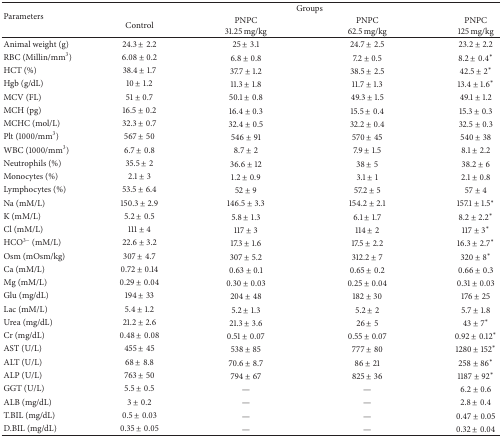
<table><thead><tr><td rowspan="2"><b>Parameters</b></td><td colspan="4"><b>Groups</b></td></tr><tr><td><b>Control</b></td><td><b>PNPC 31.25 mg/kg</b></td><td><b>PNPC 62.5 mg/kg</b></td><td><b>PNPC 125 mg/kg</b></td></tr></thead><tbody><tr><td>Animal weight (g)</td><td>24.3 ± 2.2</td><td>25 ± 3.1</td><td>24.7 ± 2.5</td><td>23.2 ± 2.2</td></tr><tr><td>RBC (Millin/mm<sup>3</sup>)</td><td>6.08 ± 0.2</td><td>6.8 ± 0.8</td><td>7.2 ± 0.5</td><td>8.2 ± 0.4<sup>*</sup></td></tr><tr><td>HCT (%)</td><td>38.4 ± 1.7</td><td>37.7 ± 1.2</td><td>38.5 ± 2.5</td><td>42.5 ± 2<sup>*</sup></td></tr><tr><td>Hgb (g/dL)</td><td>10 ± 1.2</td><td>11.3 ± 1.8</td><td>11.7 ± 1.3</td><td>13.4 ± 1.6<sup>*</sup></td></tr><tr><td>MCV (FL)</td><td>51 ± 0.7</td><td>50.1 ± 0.8</td><td>49.3 ± 1.5</td><td>49.1 ± 1.2</td></tr><tr><td>MCH (pg)</td><td>16.5 ± 0.2</td><td>16.4 ± 0.3</td><td>15.5 ± 0.4</td><td>15.3 ± 0.3</td></tr><tr><td>MCHC (mol/L)</td><td>32.3 ± 0.7</td><td>32.4 ± 0.5</td><td>32.2 ± 0.4</td><td>32.5 ± 0.3</td></tr><tr><td>Plt (1000/mm<sup>3</sup>)</td><td>567 ± 50</td><td>546 ± 91</td><td>570 ± 45</td><td>540 ± 38</td></tr><tr><td>WBC (1000/mm<sup>3</sup>)</td><td>6.7 ± 0.8</td><td>8.7 ± 2</td><td>7.9 ± 1.5</td><td>8.1 ± 2.2</td></tr><tr><td>Neutrophils (%)</td><td>35.5 ± 2</td><td>36.6 ± 12</td><td>38 ± 5</td><td>38.2 ± 6</td></tr><tr><td>Monocytes (%)</td><td>2.1 ± 3</td><td>1.2 ± 0.9</td><td>3.1 ± 1</td><td>2.1 ± 0.8</td></tr><tr><td>Lymphocytes (%)</td><td>53.5 ± 6.4</td><td>52 ± 9</td><td>57.2 ± 5</td><td>57 ± 4</td></tr><tr><td>Na (mM/L)</td><td>150.3 ± 2.9</td><td>146.5 ± 3.3</td><td>154.2 ± 2.1</td><td>157.1 ± 1.5<sup>*</sup></td></tr><tr><td>K (mM/L)</td><td>5.2 ± 0.5</td><td>5.8 ± 1.3</td><td>6.1 ± 1.7</td><td>8.2 ± 2.2<sup>*</sup></td></tr><tr><td>Cl (mM/L)</td><td>111 ± 4</td><td>117 ± 3</td><td>114 ± 2</td><td>117 ± 3<sup>*</sup></td></tr><tr><td>HCO<sup>3−</sup> (mM/L)</td><td>22.6 ± 3.2</td><td>17.3 ± 1.6</td><td>17.5 ± 2.2</td><td>16.3 ± 2.7<sup>*</sup></td></tr><tr><td>Osm (mOsm/kg)</td><td>307 ± 4.7</td><td>307 ± 5.2</td><td>312.2 ± 7</td><td>320 ± 8<sup>*</sup></td></tr><tr><td>Ca (mM/L)</td><td>0.72 ± 0.14</td><td>0.63 ± 0.1</td><td>0.65 ± 0.2</td><td>0.66 ± 0.3</td></tr><tr><td>Mg (mM/L)</td><td>0.29 ± 0.04</td><td>0.30 ± 0.03</td><td>0.25 ± 0.04</td><td>0.31 ± 0.03</td></tr><tr><td>Glu (mg/dL)</td><td>194 ± 33</td><td>204 ± 48</td><td>182 ± 30</td><td>176 ± 25</td></tr><tr><td>Lac (mM/L)</td><td>5.4 ± 1.2</td><td>5.2 ± 1.3</td><td>5.2 ± 2</td><td>5.7 ± 1.8</td></tr><tr><td>Urea (mg/dL)</td><td>21.2 ± 2.6</td><td>21.3 ± 3.6</td><td>26 ± 5</td><td>43 ± 7<sup>*</sup></td></tr><tr><td>Cr (mg/dL)</td><td>0.48 ± 0.08</td><td>0.51 ± 0.07</td><td>0.55 ± 0.07</td><td>0.92 ± 0.12<sup>*</sup></td></tr><tr><td>AST (U/L)</td><td>455 ± 45</td><td>538 ± 85</td><td>777 ± 80</td><td>1280 ± 152<sup>*</sup></td></tr><tr><td>ALT (U/L)</td><td>68 ± 8.8</td><td>70.6 ± 8.7</td><td>86 ± 21</td><td>258 ± 86<sup>*</sup></td></tr><tr><td>ALP (U/L)</td><td>763 ± 50</td><td>794 ± 67</td><td>825 ± 36</td><td>1187 ± 92<sup>*</sup></td></tr><tr><td>GGT (U/L)</td><td>5.5 ± 0.5</td><td>—</td><td>—</td><td>6.2 ± 0.6</td></tr><tr><td>ALB (mg/dL)</td><td>3 ± 0.2</td><td>—</td><td>—</td><td>2.8 ± 0.4</td></tr><tr><td>T.BIL (mg/dL)</td><td>0.5 ± 0.03</td><td>—</td><td>—</td><td>0.47 ± 0.05</td></tr><tr><td>D.BIL (mg/dL)</td><td>0.35 ± 0.05</td><td>—</td><td>—</td><td>0.32 ± 0.04</td></tr></tbody></table>